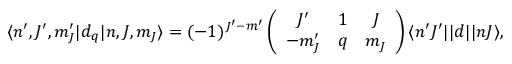
\langle n ^ { \prime } , J ^ { \prime } , m _ { J } ^ { \prime } | d _ { q } | n , J , m _ { J } \rangle = ( - 1 ) ^ { J ^ { \prime } - m ^ { \prime } } \left( \begin{array} { c c c } { J ^ { \prime } } & { 1 } & { J } \\ { - m _ { J } ^ { \prime } } & { q } & { m _ { J } } \end{array} \right) \langle n ^ { \prime } J ^ { \prime } | | d | | n J \rangle ,